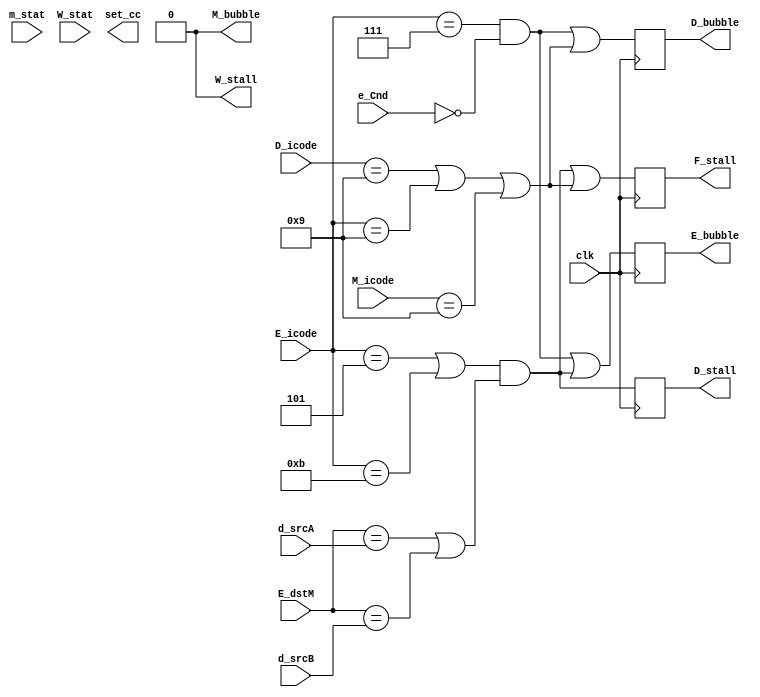
`timescale 1ns / 1ps

module pipeline_control (
    input clk, // needed??
    input [3:0] D_icode,
    input [3:0] d_srcA,
    input [3:0] d_srcB,
    input [3:0] E_icode,
    input [3:0] E_dstM,
    input e_Cnd,
    input [3:0] M_icode,
    input [2:0] m_stat,
    input [2:0] W_stat,

    output reg F_stall,
    output reg D_stall,
    output reg D_bubble,
    output reg E_bubble,
    output reg set_cc, // no. of bits??
    output reg M_bubble,
    output reg W_stall
);

initial
begin
    F_stall = 0;
    D_stall = 0;
    D_bubble = 0;
    E_bubble = 0;
    M_bubble = 0;
    W_stall = 0;
end

always @ (posedge clk) // correct ??
begin
    // initial pipeline control logic
    F_stall = ((E_icode == 5 || E_icode == 11) && (E_dstM == d_srcA || E_dstM == d_srcB) || (D_icode == 9 || E_icode == 9 || M_icode == 9));
    D_stall = ((E_icode == 5 || E_icode == 11) && (E_dstM == d_srcA || E_dstM == d_srcB));
    D_bubble = ((E_icode == 7 && !e_Cnd) || (D_icode == 9 || E_icode == 9 || M_icode == 9));
    E_bubble = ((E_icode == 7 && !e_Cnd) || (E_icode == 5 || E_icode == 11) && (E_dstM == d_srcA || E_dstM == d_srcB));

    // improved pipeline control logic
    /* D_bubble = ((E_icode == 7 && !e_Cnd) || (D_icode == 9 || E_icode == 9 || M_icode == 9) && !((E_icode == 5 || E_icode == 11) && (E_dstM == d_srcA || E_dstM == d_srcB))); */
end

endmodule